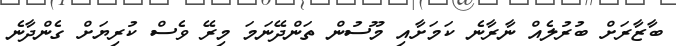
ބާޒާރަށް ބުރުލެއް ނާރާނެ ކަމަށާއި މޫސުން ތަންދޭނަމަ މިރޭ ވެސް ކުރިޔަށް ގެންދާނެ